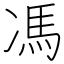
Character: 馮